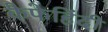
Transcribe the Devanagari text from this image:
कैफेहिंदी